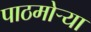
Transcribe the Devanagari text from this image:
पाठमोऱ्या